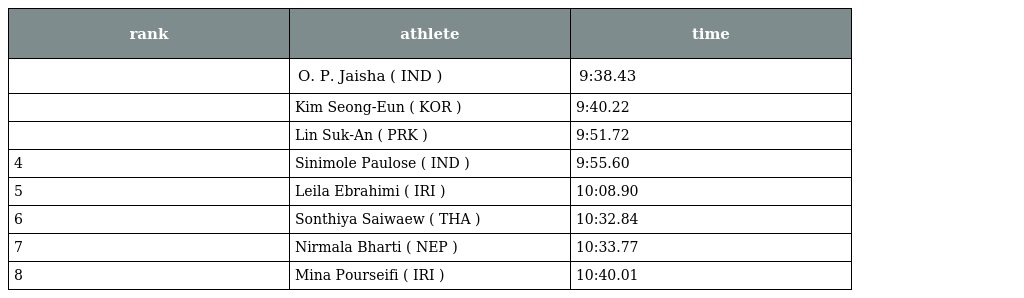
| rank | athlete | time |
 | --- | --- | --- |
 |  | O. P. Jaisha ( IND ) | 9:38.43 |
 |  | Kim Seong-Eun ( KOR ) | 9:40.22 |
 |  | Lin Suk-An ( PRK ) | 9:51.72 |
 | 4 | Sinimole Paulose ( IND ) | 9:55.60 |
 | 5 | Leila Ebrahimi ( IRI ) | 10:08.90 |
 | 6 | Sonthiya Saiwaew ( THA ) | 10:32.84 |
 | 7 | Nirmala Bharti ( NEP ) | 10:33.77 |
 | 8 | Mina Pourseifi ( IRI ) | 10:40.01 |